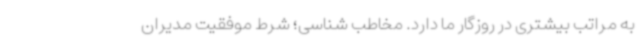
به مراتب بیشتری در روزگار ما دارد. مخاطب شناسی؛ شرط موفقیت مدیران